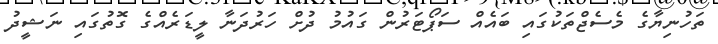
ތަހުނިޔާގެ މެސެޖްތަކުގައި ބައެއް ސަޕޯޓަރުން ގައުމު ދުށް ހަރުދަނާ ލީޑަރެއްގެ ގޮތުުގައި ނަޝީދު